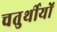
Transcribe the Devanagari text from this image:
चतुर्थीयों